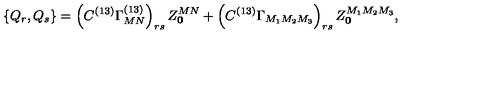
\left\{ Q _ { r } , Q _ { s } \right\} = \left( C ^ { ( 1 3 ) } \Gamma _ { M N } ^ { ( 1 3 ) } \right) _ { r s } Z _ { \bf 0 } ^ { M N } + \left( C ^ { ( 1 3 ) } \Gamma _ { M _ { 1 } M _ { 2 } M _ { 3 } } \right) _ { r s } Z _ { \bf 0 } ^ { M _ { 1 } M _ { 2 } M _ { 3 } } ,